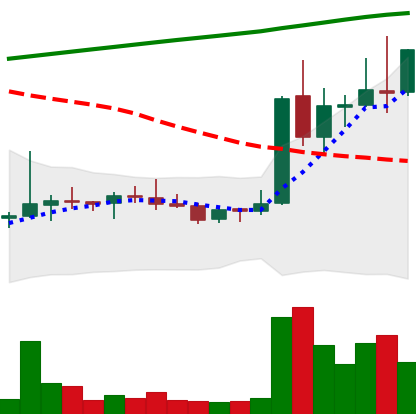
Ticker: DOGE-USD
Chart end date: 2021-08-13
Forward return: 5.903%
Label: up_5_7